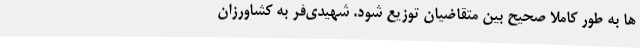
ها به طور کاملا صحیح بین متقاضیان توزیع شود. شهیدی‌فر به کشاورزان